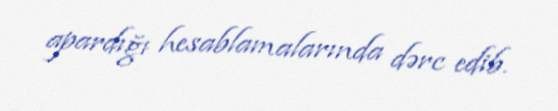
apardığı hesablamalarında dərc edib.